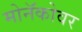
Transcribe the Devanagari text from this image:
मोनॅकोवर